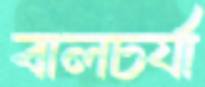
বালচর্যা